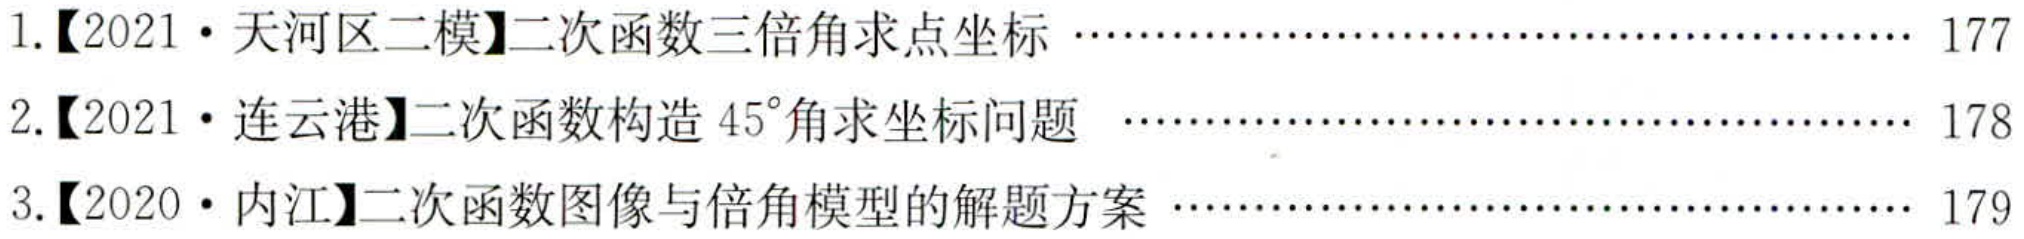
1.【2021·天河区二模】二次函数三倍角求点坐标 ……………………………………………… 177
2.【2021·连云港】二次函数构造 \(45^{\circ}\)角求坐标问题 …………………………………………… 178
3.【2020·内江】二次函数图像与倍角模型的解题方案 …………………………………………… 179